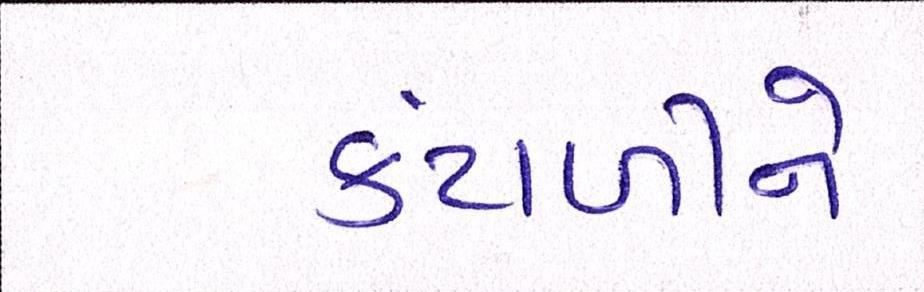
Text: કંટાળીને